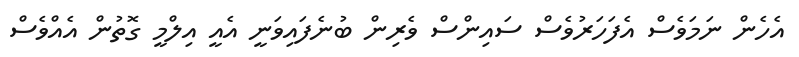
އެހެން ނަމަވެސް އެފަހަރުވެސް ސައިންސް ވެރިން ބުނެފައިވަނީ އެއީ އިލްމީ ގޮތުން އެއްވެސް